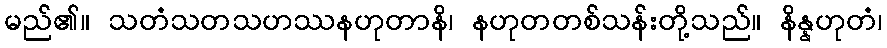
မည်၏။ သတံသတသဟဿနဟုတာနိ၊ နဟုတတစ်သန်းတို့သည်။ နိန္နဟုတံ၊